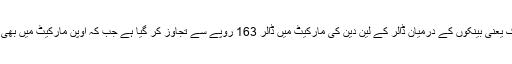
اس وقت انٹر بینک یعنی بینکوں کے درمیان ڈالر کے لین دین کی مارکیٹ میں ڈالر 163 روپے سے تجاوز کر گیا ہے جب کہ اوپن مارکیٹ میں بھی ڈالر مہنگا ہو گیا۔